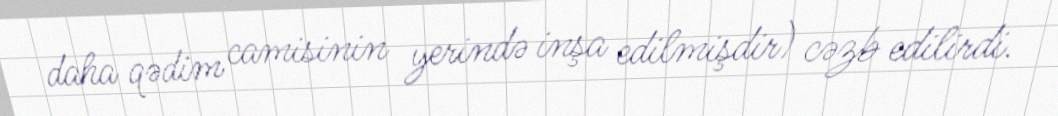
daha qədim camisinin yerində inşa edilmişdir) cəzb edilirdi.